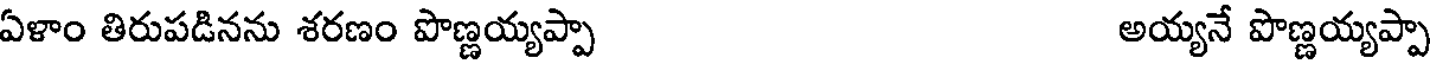
ఏళాం తిరుపడినను శరణం పొణ్ణయ్యప్పా అయ్యనే పొణ్ణయ్యప్పా